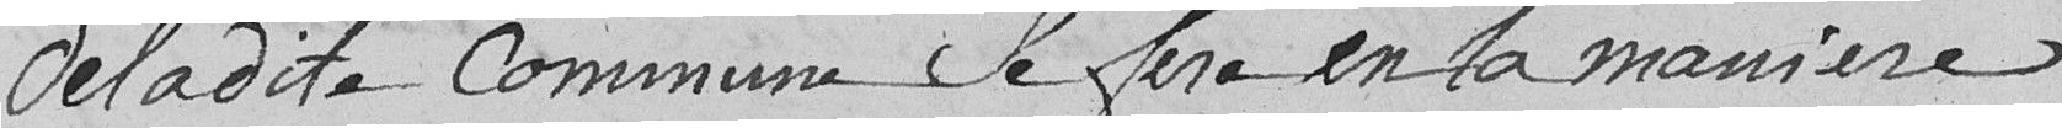
de la dite Commune se fera en la manière